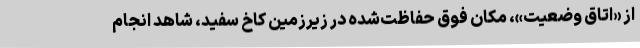
از «اتاق وضعیت»، مکان فوق حفاظت‌شده در زیرزمین کاخ سفید، شاهد انجام